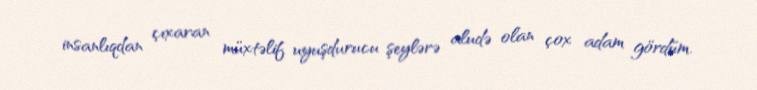
insanlıqdan çıxaran müxtəlif uyuşdurucu şeylərə aludə olan çox adam gördüm.